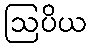
ဩပိယ